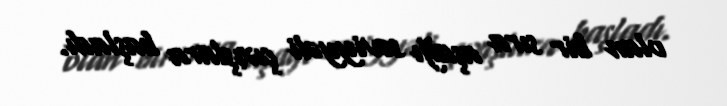
olan bir sıra aşağı səviyyəli çıxışlara başladı.